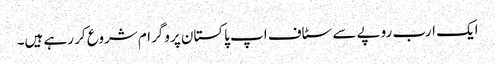
ایک ارب روپے سے سٹاف اپ پاکستان پروگرام شروع کر رہے ہیں۔